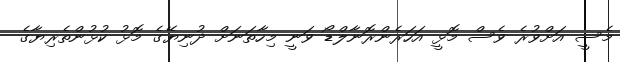
މެސީ އަށްވުރެ ވެސް މޮޅީ އަހަރެންރޮނާލްޑޯ ވަނީ މިހާތަނަށް ދުނިޔޭގެ މޮޅު ކުޅުންތެރިޔާގެ